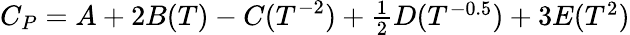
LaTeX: C_{P}=A+2B(T)-C(T^{-2})+\textstyle{\frac{1}{2}}D(T^{-0.5})+3E(T^{2})